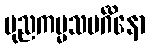
ပုညကမ္မသမင်္ဂိနော